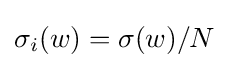
\sigma _{i}(w)=\sigma (w)/N